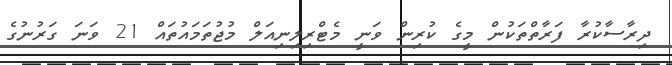
ދިރާސާކުރާ ފަރާތްތަކުން މީގެ ކުރިން ވަނީ މެޓްރިލިނިއަލް މުޖުތަމައުތައް 21 ވަނަ ގަރުނުގެ